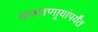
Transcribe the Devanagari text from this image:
चालवणार्‍यांपर्यंत